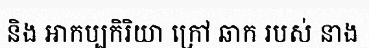
និង អាកប្បកិរិយា ក្រៅ ឆាក របស់ នាង